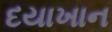
દયાખાન